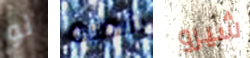
لو شظية شيرو